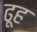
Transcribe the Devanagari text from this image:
ढूह